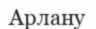
Арлану